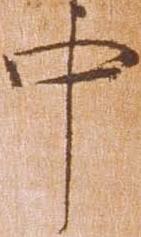
中